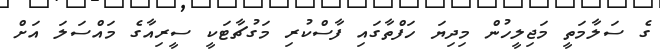
ގެ ސަލާމަތީ މަޖިލީހުން މިދިޔަ ހަފްތާގައި ފާސްކުރި މަގުޗާޓަކީ ސީރިއާގެ މައްސަލަ އަށް